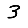
Digit: 3